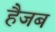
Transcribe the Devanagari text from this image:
हैजब